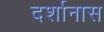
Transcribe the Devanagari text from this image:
दर्शानास